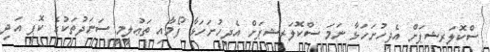
ސްކޮލަރޝިޕަށް އެދިހުށަހަޅާ ނަމަ ސްކޮލަރޝިޕަށް އެދިހުށަހަޅާ ފޯމާއި ތަޢުލީމީ ސަނަދުތަކުގެ ކޮޕީ އަދި